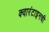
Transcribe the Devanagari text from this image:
क्वारंटाइनची